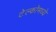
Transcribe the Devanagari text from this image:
टेल्कोमध्ये